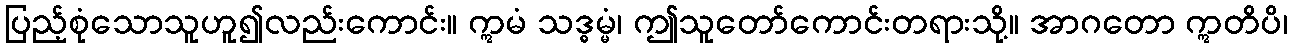
ပြည့်စုံသောသူဟူ၍လည်းကောင်း။ ဣမံ သဒ္ဓမ္မံ၊ ဤသူတော်ကောင်းတရားသို့။ အာဂတော ဣတိပိ၊